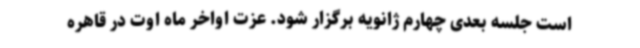
است جلسه بعدی چهارم ژانویه برگزار شود. عزت اواخر ماه اوت در قاهره